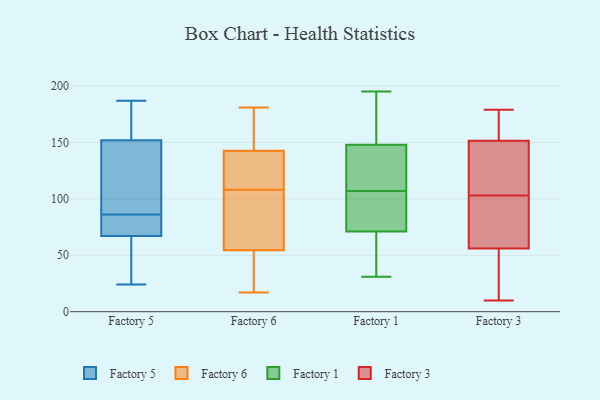
{"axis": {"x": "LTV (USD)", "y": "Value"}, "legend": ["Factory 1", "Factory 3", "Factory 5", "Factory 6"], "data": [{"x": "", "y": 148, "type": "Factory 5"}, {"x": "", "y": 167, "type": "Factory 5"}, {"x": "", "y": 183, "type": "Factory 5"}, {"x": "", "y": 80, "type": "Factory 5"}, {"x": "", "y": 67, "type": "Factory 5"}, {"x": "", "y": 149, "type": "Factory 5"}, {"x": "", "y": 24, "type": "Factory 5"}, {"x": "", "y": 86, "type": "Factory 5"}, {"x": "", "y": 73, "type": "Factory 5"}, {"x": "", "y": 153, "type": "Factory 5"}, {"x": "", "y": 187, "type": "Factory 5"}, {"x": "", "y": 67, "type": "Factory 5"}, {"x": "", "y": 106, "type": "Factory 5"}, {"x": "", "y": 32, "type": "Factory 5"}, {"x": "", "y": 58, "type": "Factory 5"}, {"x": "", "y": 108, "type": "Factory 6"}, {"x": "", "y": 37, "type": "Factory 6"}, {"x": "", "y": 34, "type": "Factory 6"}, {"x": "", "y": 57, "type": "Factory 6"}, {"x": "", "y": 114, "type": "Factory 6"}, {"x": "", "y": 73, "type": "Factory 6"}, {"x": "", "y": 147, "type": "Factory 6"}, {"x": "", "y": 176, "type": "Factory 6"}, {"x": "", "y": 99, "type": "Factory 6"}, {"x": "", "y": 126, "type": "Factory 6"}, {"x": "", "y": 74, "type": "Factory 6"}, {"x": "", "y": 141, "type": "Factory 6"}, {"x": "", "y": 181, "type": "Factory 6"}, {"x": "", "y": 17, "type": "Factory 6"}, {"x": "", "y": 160, "type": "Factory 6"}, {"x": "", "y": 110, "type": "Factory 6"}, {"x": "", "y": 47, "type": "Factory 6"}, {"x": "", "y": 71, "type": "Factory 1"}, {"x": "", "y": 178, "type": "Factory 1"}, {"x": "", "y": 89, "type": "Factory 1"}, {"x": "", "y": 43, "type": "Factory 1"}, {"x": "", "y": 173, "type": "Factory 1"}, {"x": "", "y": 99, "type": "Factory 1"}, {"x": "", "y": 31, "type": "Factory 1"}, {"x": "", "y": 148, "type": "Factory 1"}, {"x": "", "y": 146, "type": "Factory 1"}, {"x": "", "y": 195, "type": "Factory 1"}, {"x": "", "y": 97, "type": "Factory 1"}, {"x": "", "y": 45, "type": "Factory 1"}, {"x": "", "y": 118, "type": "Factory 1"}, {"x": "", "y": 115, "type": "Factory 1"}, {"x": "", "y": 179, "type": "Factory 3"}, {"x": "", "y": 88, "type": "Factory 3"}, {"x": "", "y": 107, "type": "Factory 3"}, {"x": "", "y": 157, "type": "Factory 3"}, {"x": "", "y": 48, "type": "Factory 3"}, {"x": "", "y": 96, "type": "Factory 3"}, {"x": "", "y": 179, "type": "Factory 3"}, {"x": "", "y": 143, "type": "Factory 3"}, {"x": "", "y": 119, "type": "Factory 3"}, {"x": "", "y": 149, "type": "Factory 3"}, {"x": "", "y": 154, "type": "Factory 3"}, {"x": "", "y": 101, "type": "Factory 3"}, {"x": "", "y": 92, "type": "Factory 3"}, {"x": "", "y": 158, "type": "Factory 3"}, {"x": "", "y": 51, "type": "Factory 3"}, {"x": "", "y": 105, "type": "Factory 3"}, {"x": "", "y": 10, "type": "Factory 3"}, {"x": "", "y": 27, "type": "Factory 3"}, {"x": "", "y": 59, "type": "Factory 3"}, {"x": "", "y": 53, "type": "Factory 3"}]}